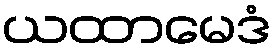
ယထာမေဒံ